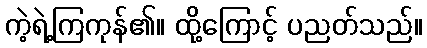
ကဲ့ရဲ့ကြကုန်၏။ ထို့ကြောင့် ပညတ်သည်။